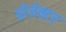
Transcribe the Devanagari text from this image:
प्रोजेक्‍टर